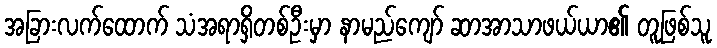
အခြားလက်ထောက် သံအရာရှိတစ်ဦးမှာ နာမည်ကျော် ဆာအာသာဖယ်ယာ၏ တူဖြစ်သူ